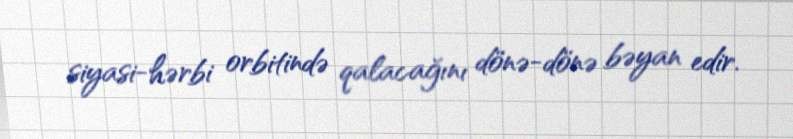
siyasi-hərbi orbitində qalacağını dönə-dönə bəyan edir.